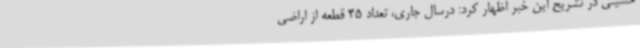
حسینی در تشریح این خبر اظهار کرد: درسال جاری، تعداد 45 قطعه از اراضی